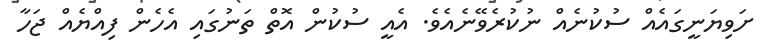
ށަވިޔަނީގައެއް ސުކުނެއް ނުކުރެވޭނެއެވެ. އެއީ ސުކުން އޮތް ތަނުގައި އެހެން ފިއްޔެއް ޖަހާ